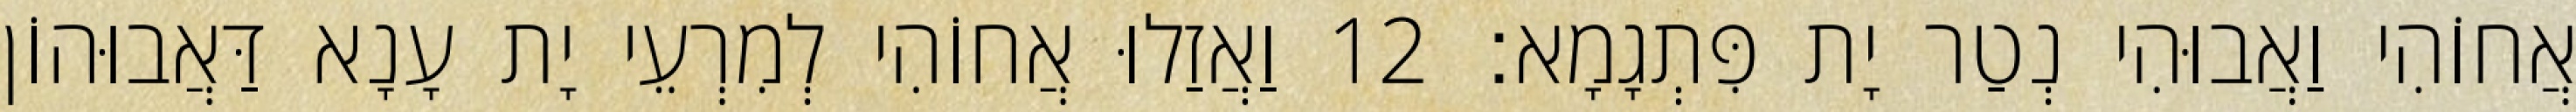
אֲחוֹהִי וַאֲבוּהִי נְטַר יָת פִּתְגָמָא׃ 12 וַאֲזַלוּ אֲחוֹהִי לְמִרְעֵי יָת עָנָא דַּאֲבוּהוֹן